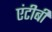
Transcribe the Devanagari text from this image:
एंटीबी